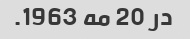
در 20 مه 1963.